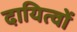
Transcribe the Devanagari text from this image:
दायित्‍वों